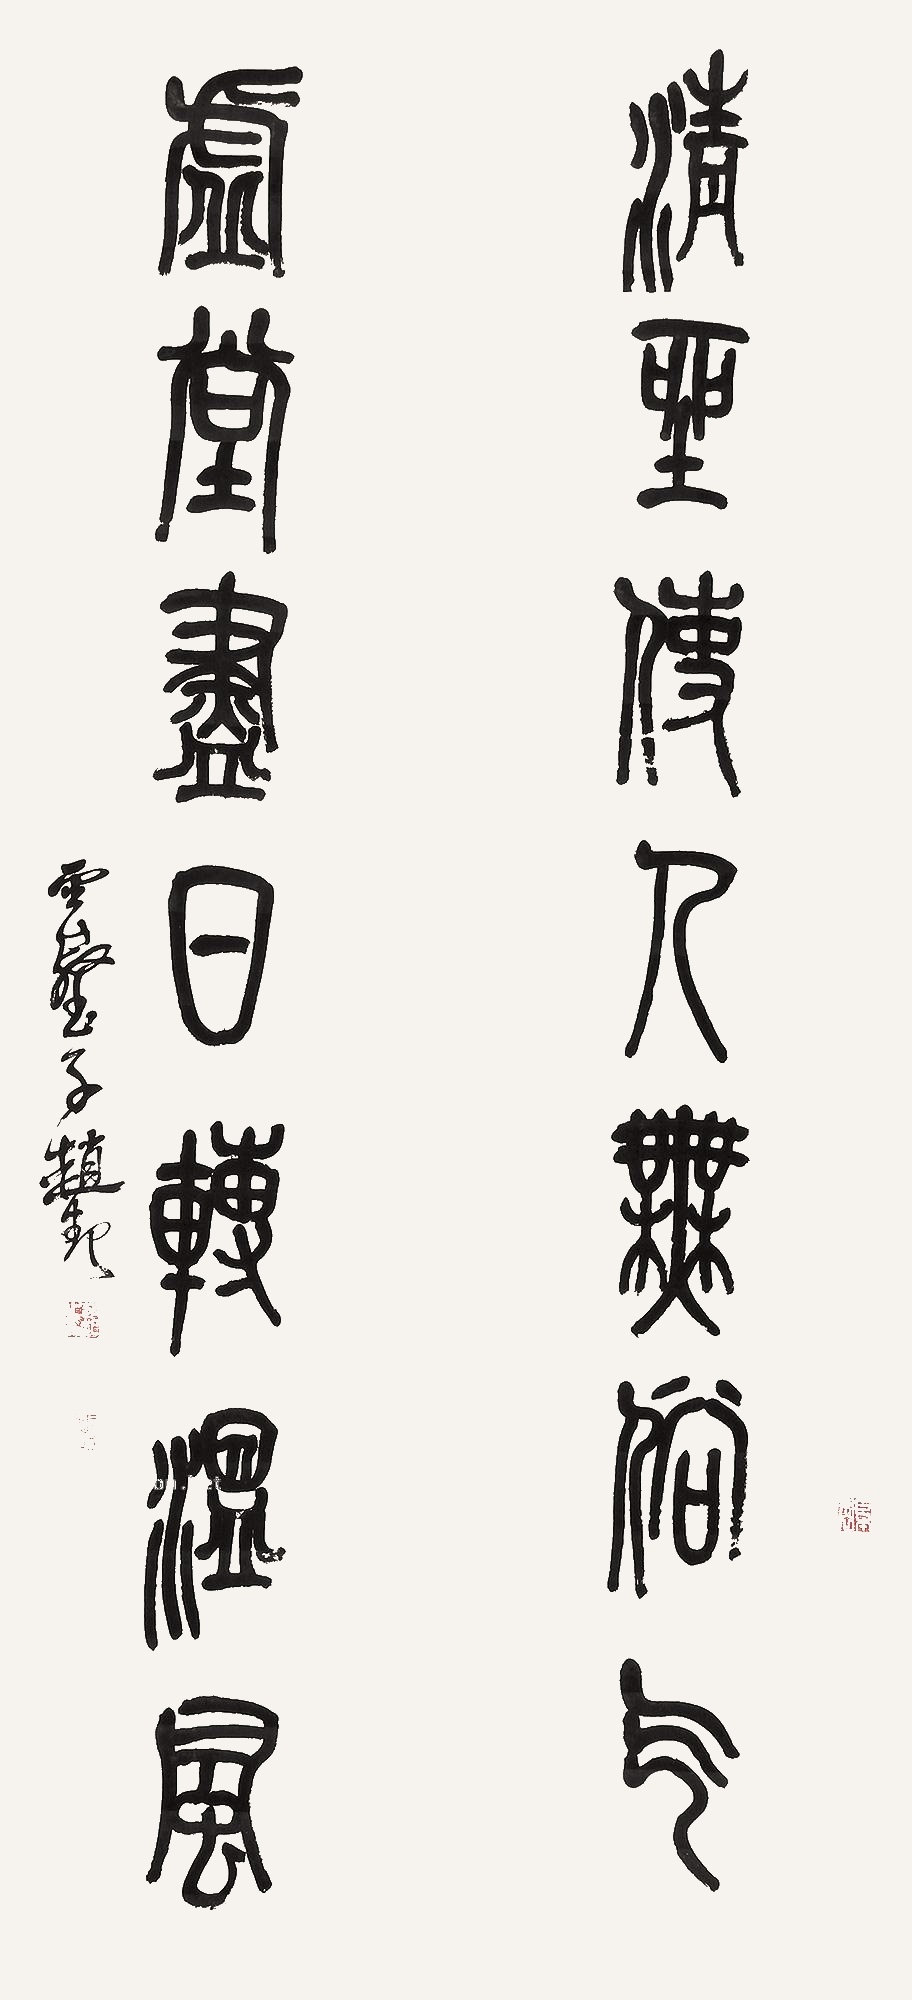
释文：清尘使人无俗气，虚堂尽日转温风。云壑子赵起。